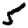
Digit: 5